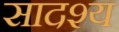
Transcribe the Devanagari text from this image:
सादश्य